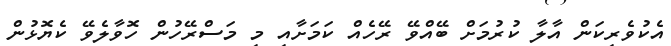
އެކުވެރިކަން އާލާ ކުރުމަށް ބޭއްވޭ ރޭހެއް ކަމަށާއި މި މަސްރޭހުން ހޮވާލެވޭ ކެޔޮޅުން